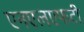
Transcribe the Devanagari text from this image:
एनएलएफटी